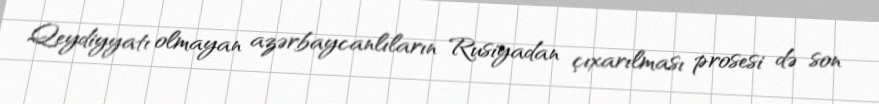
Qeydiyyatı olmayan azərbaycanlıların Rusiyadan çıxarılması prosesi də son